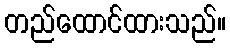
တည်ထောင်ထားသည်။